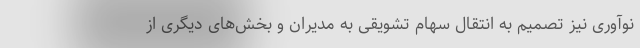
نوآوری نیز تصمیم به انتقال سهام تشویقی به مدیران و بخش‌های دیگری از